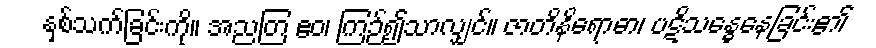
နှစ်သက်ခြင်းကို။ အညတြ ဧဝ၊ ကြဉ်၍သာလျှင်။ ဇာတိနိရောဓာ၊ ပဋိသန္ဓေနေခြင်း၏